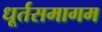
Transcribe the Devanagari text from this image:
धूर्तसमागम